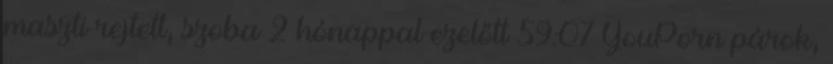
maszti rejtett, szoba 2 hónappal ezelőtt 59:07 YouPorn párok,